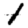
Digit: 1